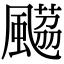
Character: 𩘡